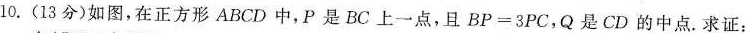
10. ( 13 分 ) 如图，在正方形 ABCD 中，P 是 BC 上一点，且 $$B P = 3 P C$$，Q 是 CD 的中点。求证：